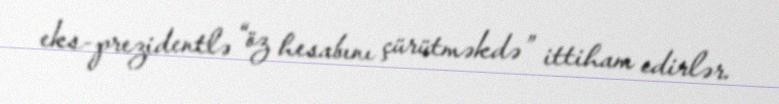
eks-prezidentlə “öz hesabını çürütməkdə” ittiham edirlər.